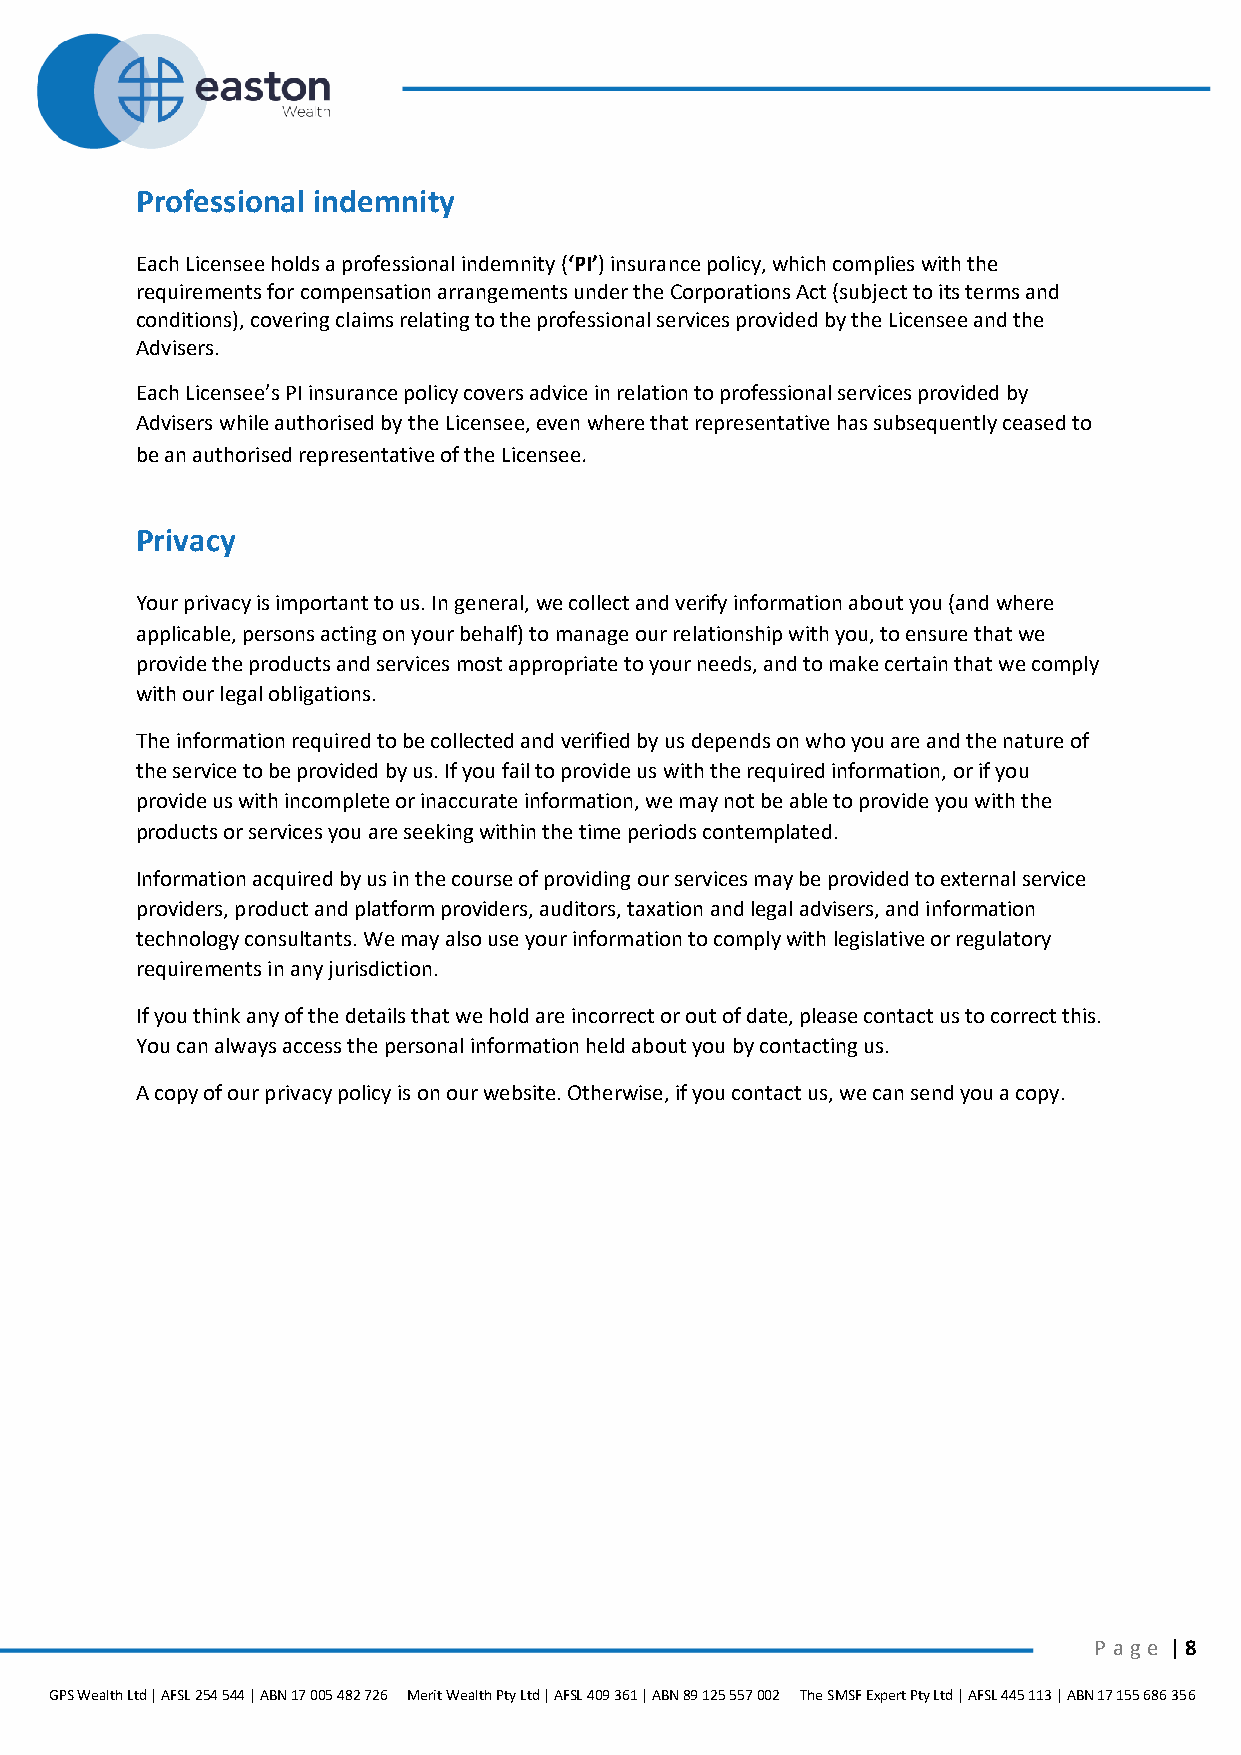
Professional indemnity
 Each Licensee holds a professional indemnity (‘PI’) insurance policy, which complies with the
 requirements for compensation arrangements under the Corporations Act (subject to its terms and
 conditions), covering claims relating to the professional services provided by the Licensee and the
 Advisers.
 Each Licensee’s PI insurance policy covers advice in relation to professional services provided by
 Advisers while authorised by the Licensee, even where that representative has subsequently ceased to
 be an authorised representative of the Licensee.
 Privacy
 Your privacy is important to us. In general, we collect and verify information about you (and where
 applicable, persons acting on your behalf) to manage our relationship with you, to ensure that we
 provide the products and services most appropriate to your needs, and to make certain that we comply
 with our legal obligations.
 The information required to be collected and verified by us depends on who you are and the nature of
 the service to be provided by us. If you fail to provide us with the required information, or if you
 provide us with incomplete or inaccurate information, we may not be able to provide you with the
 products or services you are seeking within the time periods contemplated.
 Information acquired by us in the course of providing our services may be provided to external service
 providers, product and platform providers, auditors, taxation and legal advisers, and information
 technology consultants. We may also use your information to comply with legislative or regulatory
 requirements in any jurisdiction.
 If you think any of the details that we hold are incorrect or out of date, please contact us to correct this.
 You can always access the personal information held about you by contacting us.
 A copy of our privacy policy is on our website. Otherwise, if you contact us, we can send you a copy.
 P age | 8
 GPS Wealth Ltd | AFSL 254 544 | ABN 17 005 482 726 Merit Wealth Pty Ltd | AFSL 409 361 | ABN 89 125 557 002 The SMSF Expert Pty Ltd | AFSL 445 113 | ABN 17 155 686 356